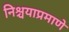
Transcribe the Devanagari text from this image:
निश्चयाप्रमाणे